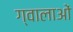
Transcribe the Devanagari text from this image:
ग्वालाओं